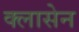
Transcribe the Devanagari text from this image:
क्लासेन